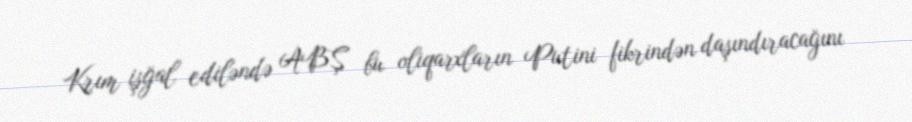
Krım işğal ediləndə ABŞ bu oliqarxların Putini fikrindən daşındıracağını